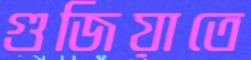
গুজিয়াতে